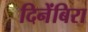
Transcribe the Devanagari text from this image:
दिनेंबिरा